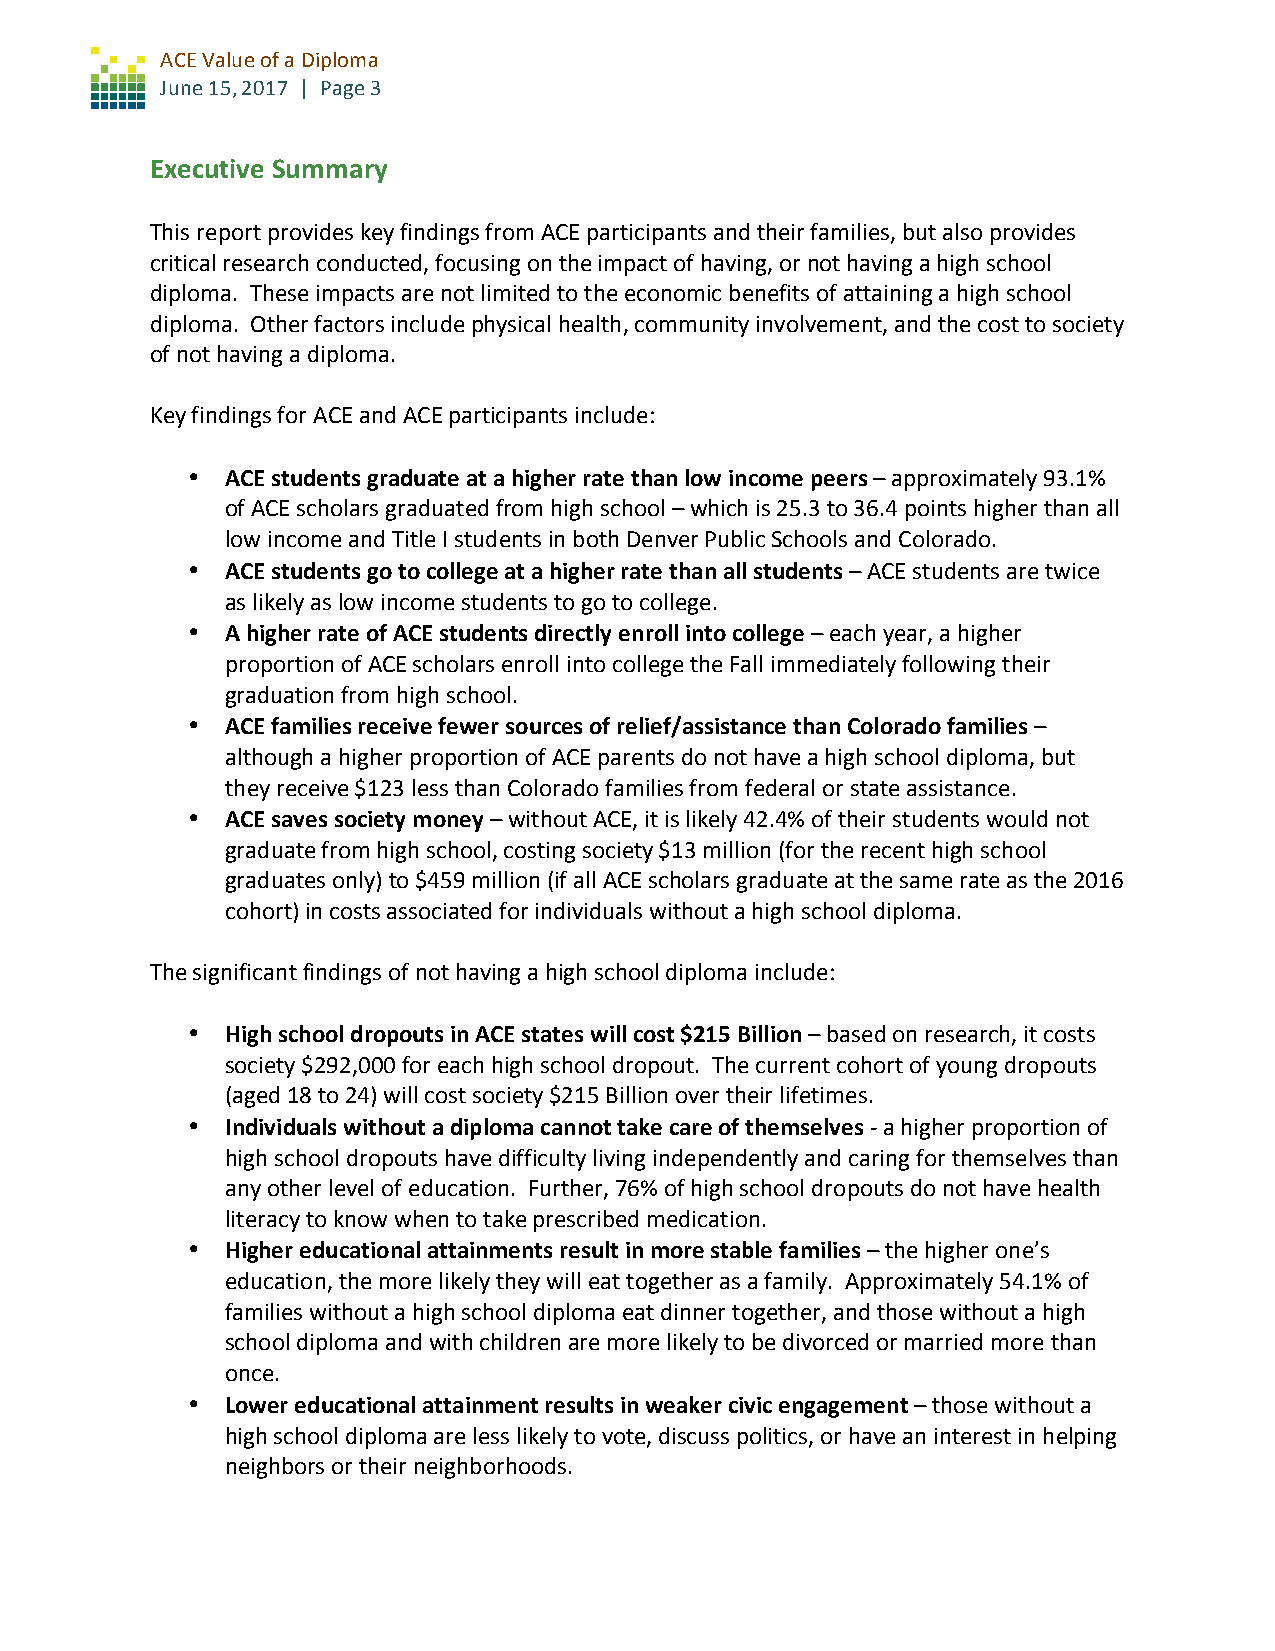
ACE Value of a Diploma
 June 15, 2017 | Page 3
 Executive Summary
 This report provides key findings from ACE participants and their families, but also provides
 critical research conducted, focusing on the impact of having, or not having a high school
 diploma. These impacts are not limited to the economic benefits of attaining a high school
 diploma. Other factors include physical health, community involvement, and the cost to society
 of not having a diploma.
 Key findings for ACE and ACE participants include:
 •  ACE students graduate at a higher rate than low income peers – approximately 93.1%
 of ACE scholars graduated from high school – which is 25.3 to 36.4 points higher than all
 low income and Title I students in both Denver Public Schools and Colorado.
 •  ACE students go to college at a higher rate than all students – ACE students are twice
 as likely as low income students to go to college.
 •  A higher rate of ACE students directly enroll into college – each year, a higher
 proportion of ACE scholars enroll into college the Fall immediately following their
 graduation from high school.
 •  ACE families receive fewer sources of relief/assistance than Colorado families –
 although a higher proportion of ACE parents do not have a high school diploma, but
 they receive $123 less than Colorado families from federal or state assistance.
 •  ACE saves society money – without ACE, it is likely 42.4% of their students would not
 graduate from high school, costing society $13 million (for the recent high school
 graduates only) to $459 million (if all ACE scholars graduate at the same rate as the 2016
 cohort) in costs associated for individuals without a high school diploma.
 The significant findings of not having a high school diploma include:
 •  High school dropouts in ACE states will cost $215 Billion – based on research, it costs
 society $292,000 for each high school dropout. The current cohort of young dropouts
 (aged 18 to 24) will cost society $215 Billion over their lifetimes.
 •  Individuals without a diploma cannot take care of themselves - a higher proportion of
 high school dropouts have difficulty living independently and caring for themselves than
 any other level of education. Further, 76% of high school dropouts do not have health
 literacy to know when to take prescribed medication.
 •  Higher educational attainments result in more stable families – the higher one’s
 education, the more likely they will eat together as a family. Approximately 54.1% of
 families without a high school diploma eat dinner together, and those without a high
 school diploma and with children are more likely to be divorced or married more than
 once.
 •  Lower educational attainment results in weaker civic engagement – those without a
 high school diploma are less likely to vote, discuss politics, or have an interest in helping
 neighbors or their neighborhoods.